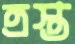
ত্রস্ত